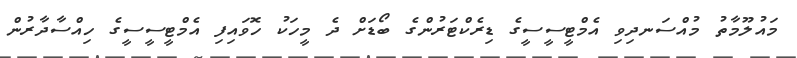
މައުލޫމާތު މުއްސަނދިވި އެމްޓީސީސީގެ ޑިރެކްޓަރުންގެ ބޯޑަށް ދެ މީހަކު ހޮވައިފި އެމްޓީސީސީގެ ހިއްސާދާރުން